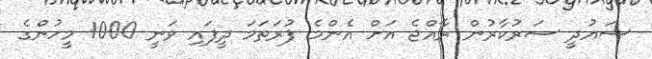
ސައުދީ ސަރުކާރުން ރާއްޖެ އަށް އެންމެ ފުރަތަމަ ދީފައި ވަނީ 1000 މީހުންގެ